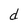
Character: d